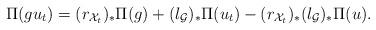
LaTeX: \begin{align*} \Pi ( g u_t) = (r_{\mathcal{X}_t})_* \Pi(g) + (l_{\mathcal{G}})_* \Pi(u_t)- (r_{\mathcal{X}_t})_* (l_{\mathcal{G}})_* \Pi(u).\end{align*}